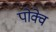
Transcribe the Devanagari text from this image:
पोक्वे